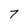
Character: 7